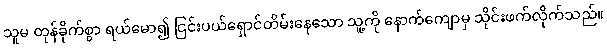
သူမ တုန်ခိုက်စွာ ရယ်မော၍ ငြင်းပယ်ရှောင်တိမ်းနေသော သူ့ကို နောက်ကျောမှ သိုင်းဖက်လိုက်သည်။